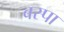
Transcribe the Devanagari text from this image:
बस्‍पा